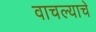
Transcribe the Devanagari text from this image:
वाचल्याचे